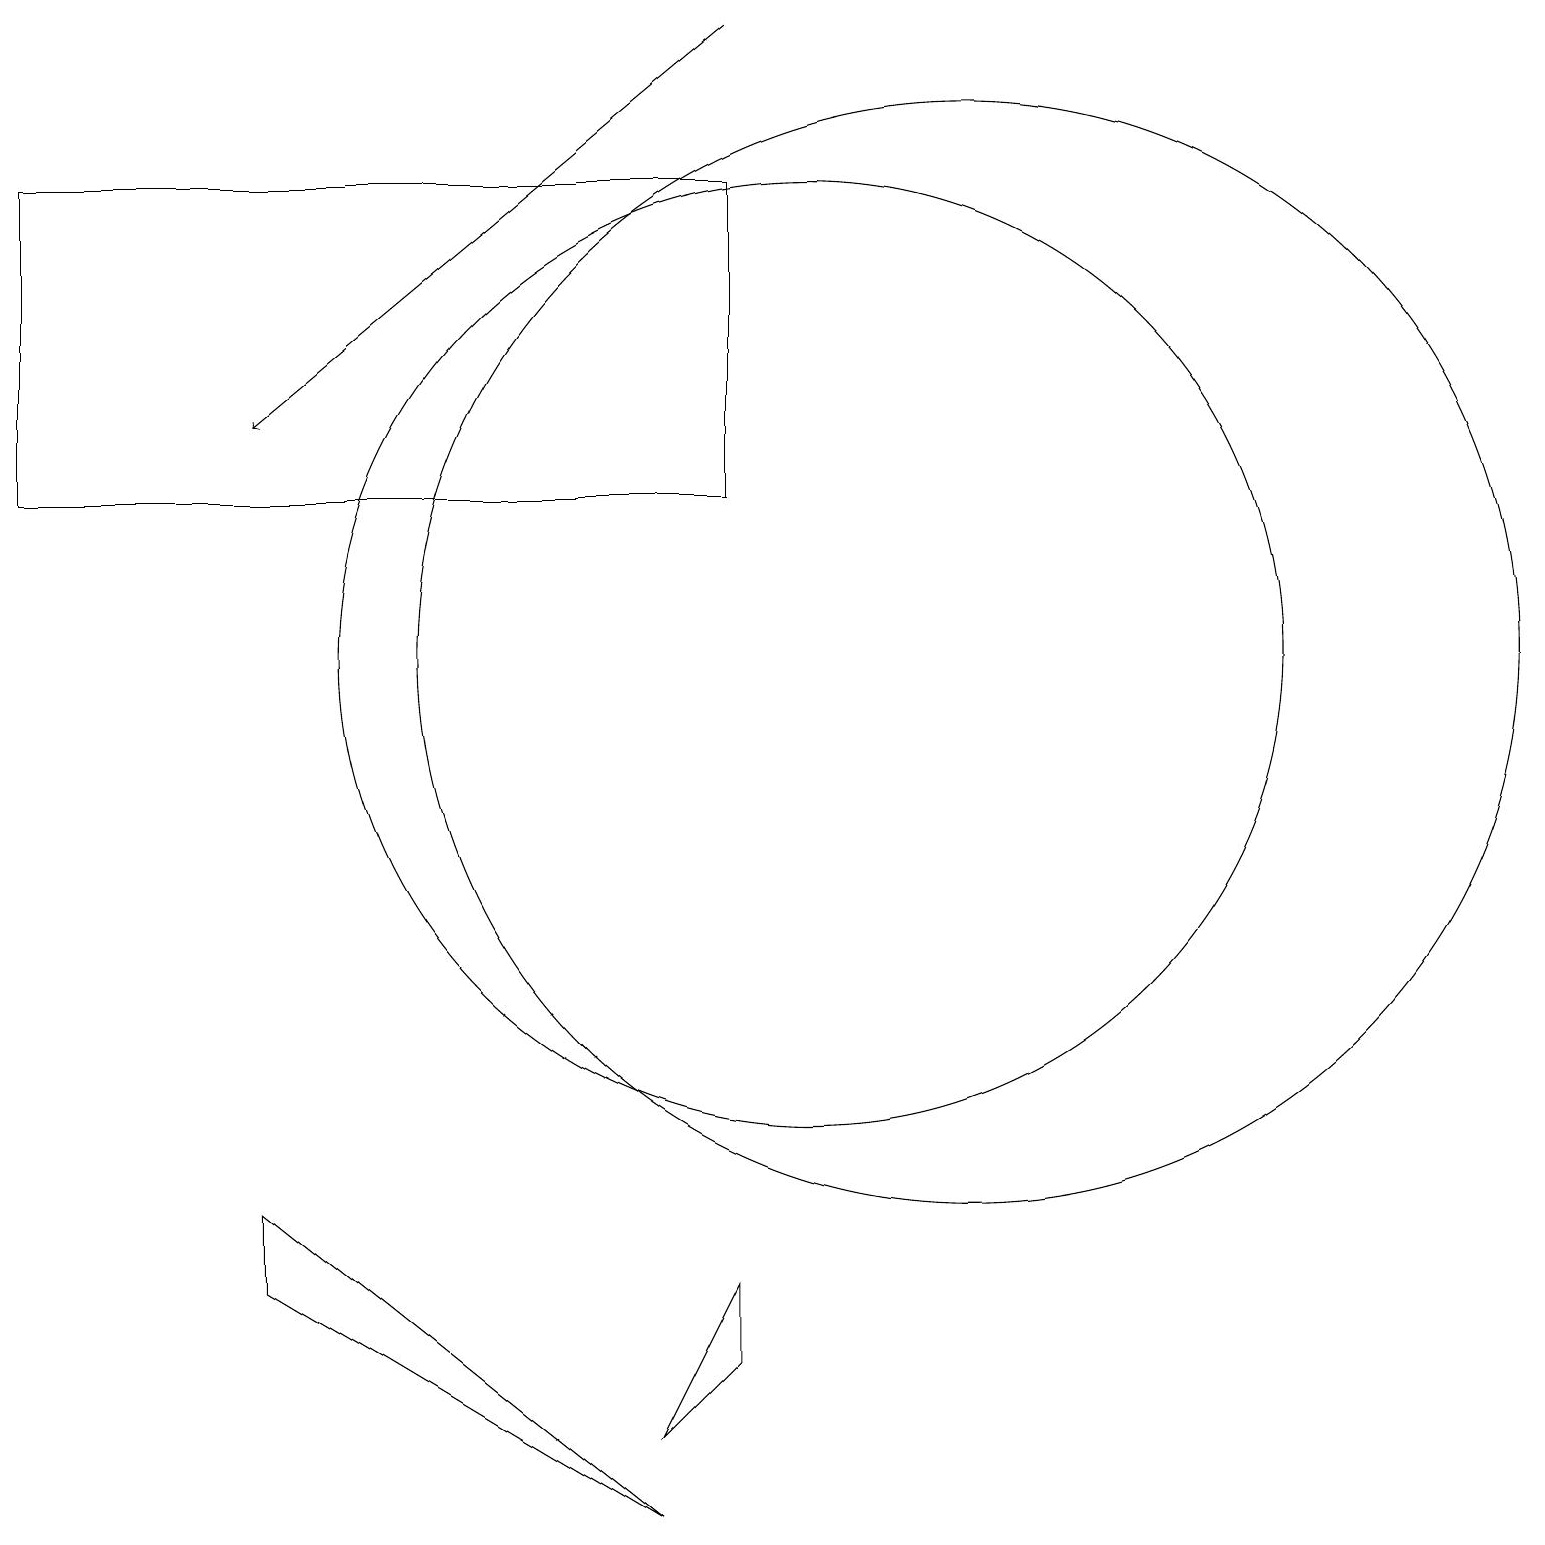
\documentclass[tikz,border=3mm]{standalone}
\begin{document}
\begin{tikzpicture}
\draw (12,11) circle (7);
\draw (9,13) rectangle (0,17);
\draw[->] (9,19) -- (3,14);
\draw (3,3) -- (3,4) -- (8,0) -- cycle;
\draw (10,11) circle (6);
\draw (9,3) -- (9,2) -- (8,1) -- cycle;
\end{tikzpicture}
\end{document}